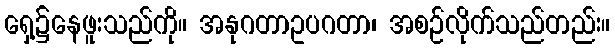
ရှေ့၌နေဖူးသည်ကို။ အနုဂတာဥပဂတာ၊ အစဉ်လိုက်သည်တည်း။